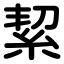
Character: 絜